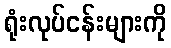
ရုံးလုပ်ငန်းများကို